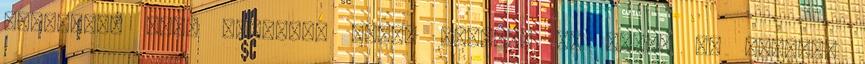
egészben, hogy lehetnek olyan elemzők én tudok és ismerek